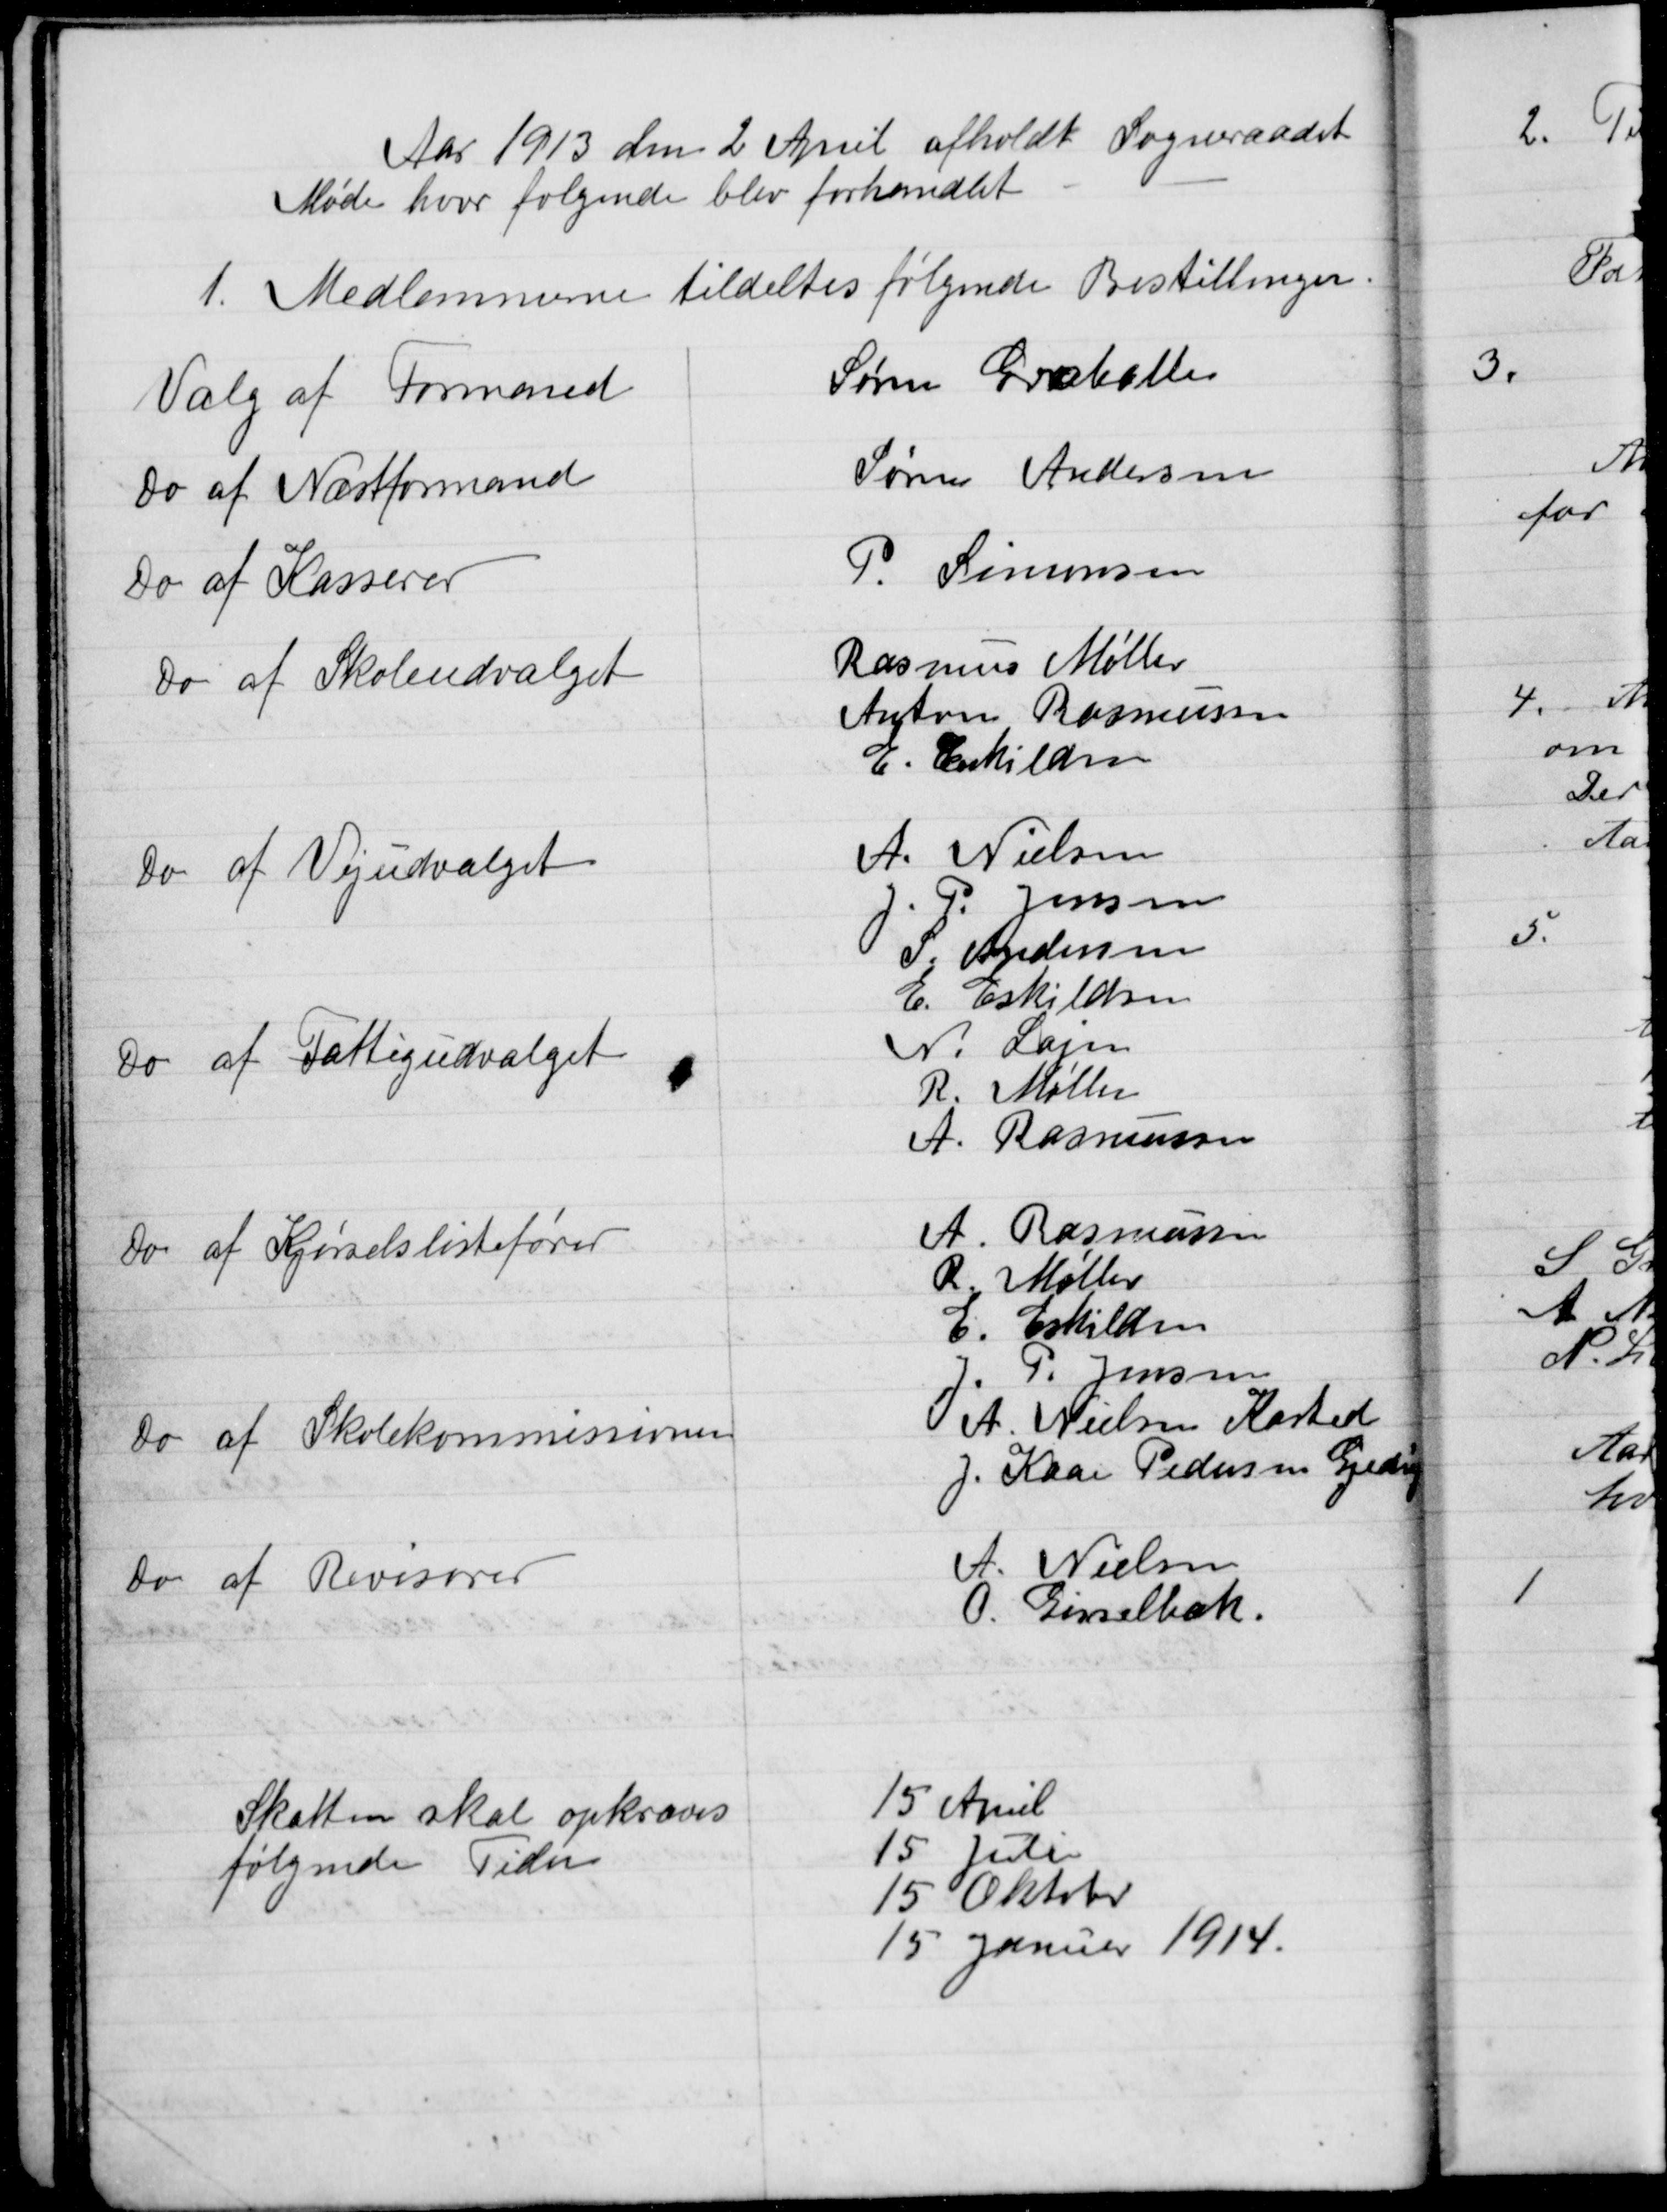
Transskription:
Aar 1913 den 2 April afholdt Sogneraadet
Møde hvor følgende blev forhandlet
1. Medlemmerne tildeltes følgende Bestillinger.
Valg af Formand
Søren Grbølle
do af Næstformand
Søren Andersen
Do af Kasserer
P. Simonsen
Do af Skoleudvalget
Rasmus Møller
Anton Rasmussen
E. Eskilden
Do af Vejudvalget
A. Nielsen
P Jensen
S. Andersen
E. Eskildsen
Do af Fattigudvalget
N. Larsen
R. Møller
A. Rasmussen
Do af Kjørselslistefører
A. Rasmussen
R. Møller
6. Eskildre
P. Jensen
do af Skolekommissionen
P. A. Nielsen Kasted
J. Kaar Pedersen Gjede
Do af Revisorer
A. Nielsen
O. Gisselbæk.
Skatten skal opkræves
følgende Tider
15 April
15 Juli
15 Oktober
15 Januar 1914.